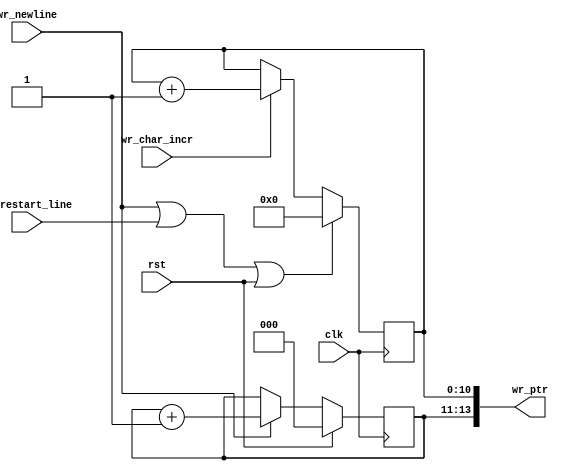
`timescale 1ns / 1ps
//////////////////////////////////////////////////////////////////////////////////
// Company:
// 
// Create Date:
// Design Name: 
// Module Name: write_logic_counters
// Project Name: EtherBlade.net_v1 
// Target Devices: 
// Tool Versions: 
// Description: 
// 
// Dependencies: 
// 
// Version: 0.01
// Additional Comments:
// 
//////////////////////////////////////////////////////////////////////////////////
module write_logic_counters (
  input clk,
  input rst,
  input wr_newline,
  input wr_restart_line,
  input wr_char_incr,
  output [13:0] wr_ptr
);
  
  reg [2:0] wr_line_ptr;
  reg [10:0] wr_char_ptr;
  wire wr_newline_or_wr_restart_line_or_rst;
  
//WR_LINE_COUNTER
always @(posedge clk)
if (rst) begin
 wr_line_ptr <= 3'b0;
 end else if (wr_newline) begin
 wr_line_ptr <= wr_line_ptr + 1'b1;
 end  
  
  //WR_CHAR_COUNTER
 always @(posedge clk)
 if (wr_newline_or_wr_restart_line_or_rst) begin
 wr_char_ptr <= 11'b0;
 end else if (wr_char_incr) begin
 wr_char_ptr <= wr_char_ptr + 1'b1;
 end

 assign wr_newline_or_wr_restart_line_or_rst = wr_newline || wr_restart_line || rst;
 assign wr_ptr = {wr_line_ptr, wr_char_ptr};
 
endmodule